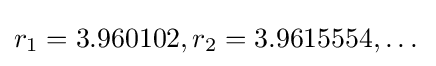
r_{1}=3.960102,r_{2}=3.9615554,\dots